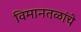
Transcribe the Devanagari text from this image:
विमानतळांचे